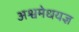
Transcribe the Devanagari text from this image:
अश्वमेधयज्ञ